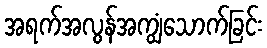
အရက်အလွန်အကျွံသောက်ခြင်း